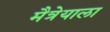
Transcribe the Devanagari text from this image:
मैत्रेयाला